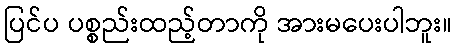
ပြင်ပ ပစ္စည်းထည့်တာကို အားမပေးပါဘူး။